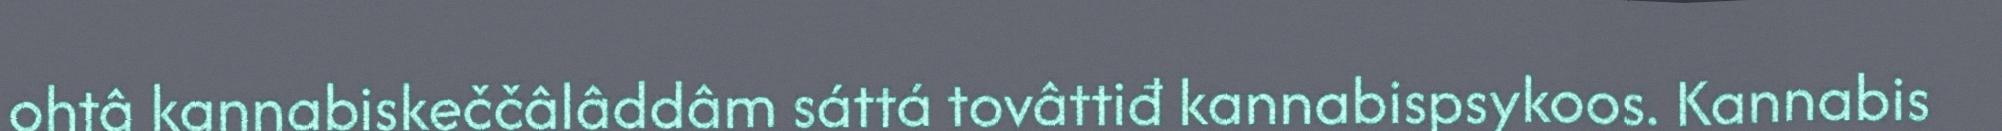
ohtâ kannabiskeččâlâddâm sáttá tovâttiđ kannabispsykoos. Kannabis